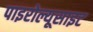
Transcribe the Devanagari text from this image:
पाइरोल्यूसाइट